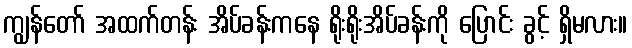
ကျွန်တော် အထက်တန်း အိပ်ခန်းကနေ ရိုးရိုးအိပ်ခန်းကို ပြောင်း ခွင့် ရှိမလား။